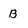
Character: B